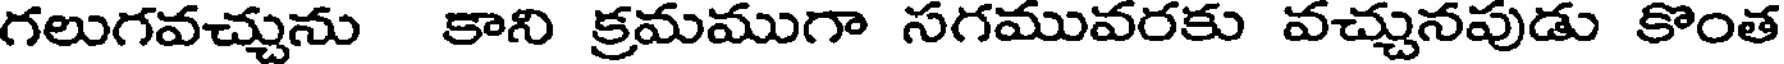
గలుగవచ్చును కాని క్రమముగా సగమువరకు వచ్చునపుడు కొంత